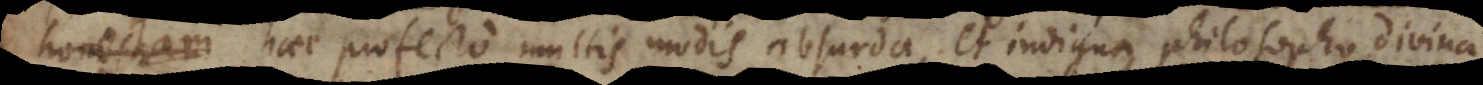
honestari haec profecto multis modis absurda, et indigna philosopho, divina